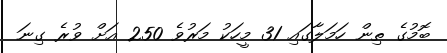
ބޮމުގެ ތިން ހަމަލާގައި 31 މީހަކު މަރުވެ 250 އަށް ވުރެ ގިނަ